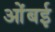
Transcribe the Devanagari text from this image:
ओंबई